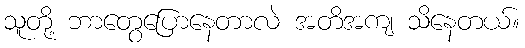
သူတို့ ဘာတွေပြောနေတာလဲ အတိအကျ သိနေတယ်။